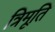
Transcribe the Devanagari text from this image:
त्रिमूति